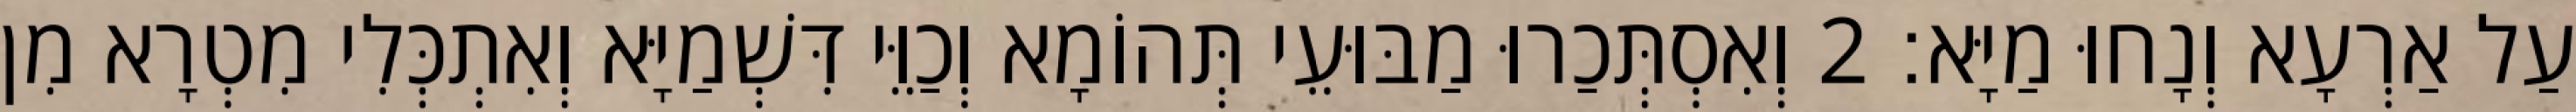
עַל אַרְעָא וְנָחוּ מַיָּא׃ 2 וְאִסְתְּכַרוּ מַבּוּעֵי תְּהוֹמָא וְכַוֵּי דִּשְׁמַיָּא וְאִתְכְּלִי מִטְרָא מִן